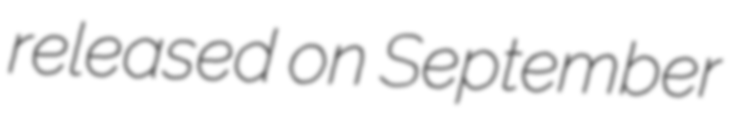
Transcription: released on September